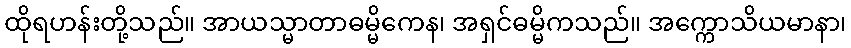
ထိုရဟန်းတို့သည်။ အာယသ္မာတာဓမ္မိကေန၊ အရှင်ဓမ္မိကသည်။ အက္ကောသိယမာနာ၊